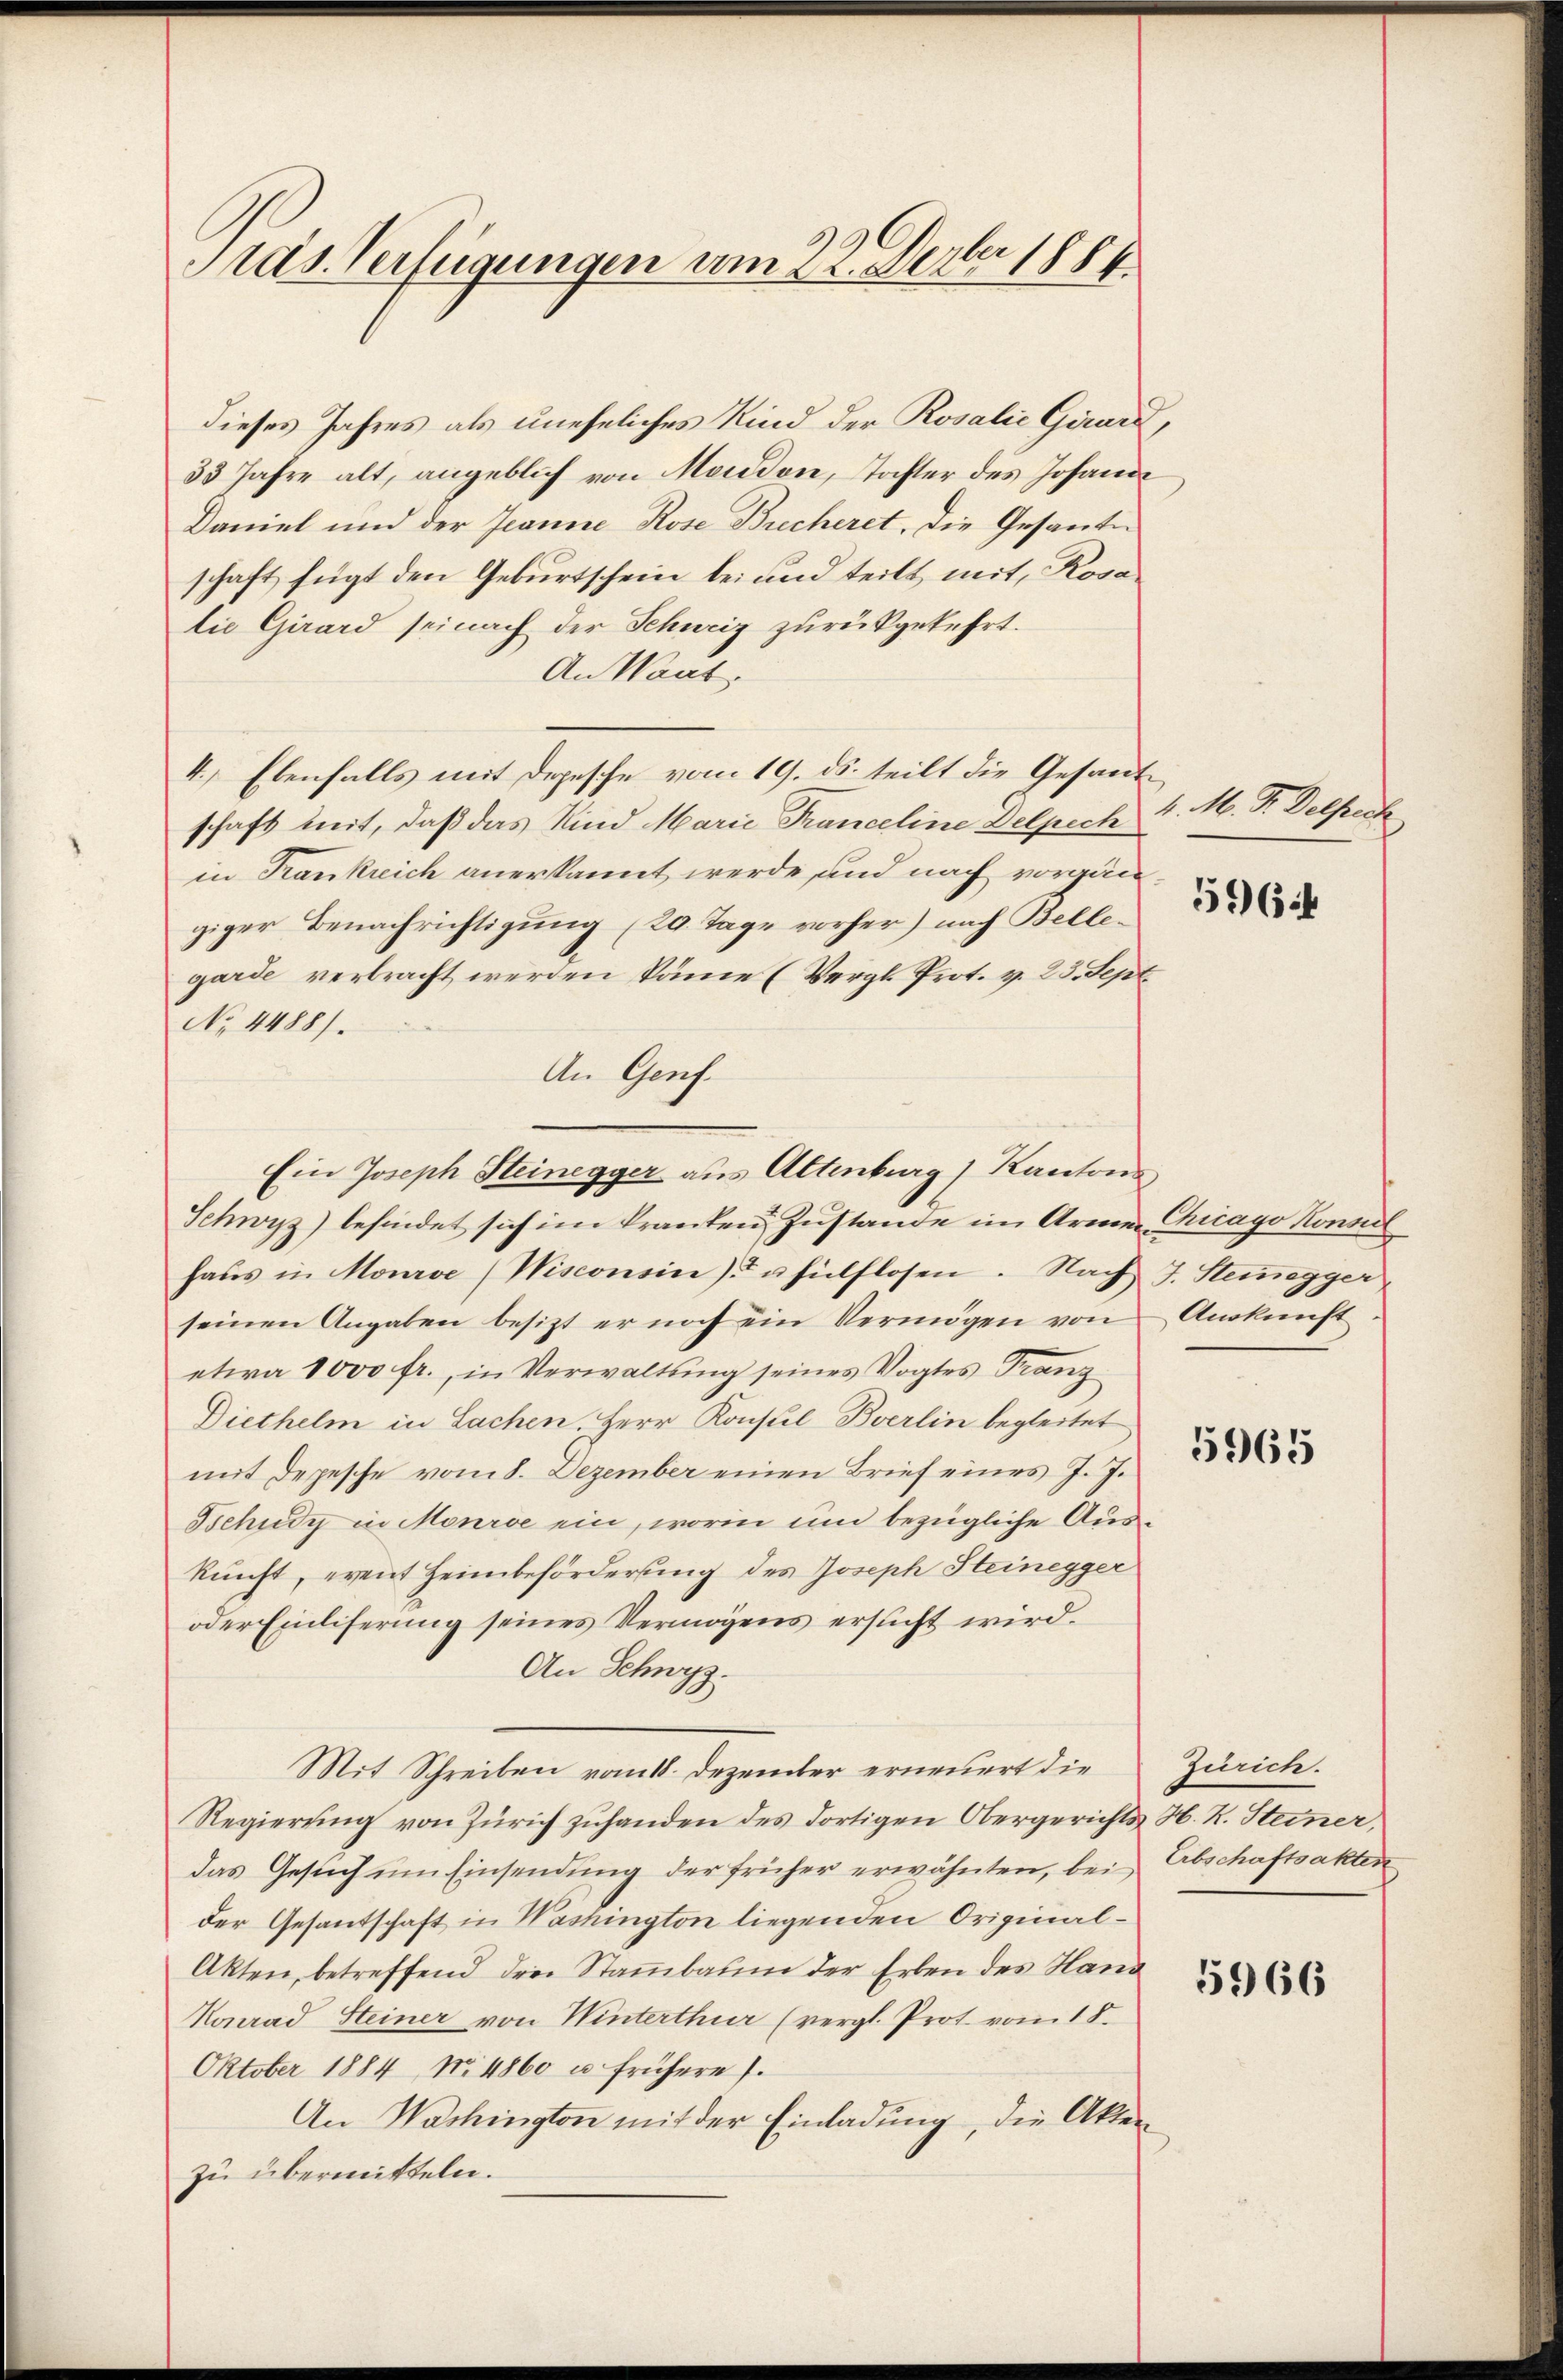
Präs. Verfügungen vom 22. Derber 1881

dieses Jahres als uneheliches Kind der Rosalie Girard,
33 Jahre alt, angeblich von Moudon, Tochter des Johann
Daniel und der Jeanne Rose Brecheret, die Gesante
schaft fügt den Geburtschein bei und teilt mit Rovalie Girard seinach der Schweiz zurückgekehrt.
An Want
4.) Ebenfalls mit Depesche vom 19. ds. teilt die Gesandschaft mit, daß das Kind Marie Franceline Delpech
in Frankreich anerkannt werde, und nach vorgängiger Benachrichtigung (20. Tage vorher) nach Bellegarde verbracht werden könne (Vergl. Prot. v. 23. Sept
No. 4488).
An Genf.
Schwyz) befindet sich im Kranken Zustande im Armen Chicago Konsil
haŭs in Mourve (Wisconsin) u. hülflosen. Nach J. Stenegger
seinen Angaben besitzt er noch ein Vermögen von Auskunft
etwa 1000 fr., in Verwaltung seines Vogtes Franz
Diethelm in Sachen. Herr Konsul-Bverlin begleitet
mit Depesche vom 8. Dezember einen Brief eines J. J.
Tschudy in Mourse ein, worin um bezügliche Auskunft, event Heimbeförderung des Joseph Steinegger
oder Einliferung seines Vermögens ersucht wird.
An Schwyz.
Mit Schreiben vom 18. Dezember erneuert die
Regierŭng von Zürich zuhanden des dortigen Obergerichts H. R. Steiner,
das Gesŭch ŭm Einsendŭng der früher erwähnten, bei Abschaftsakten
der Gesandtschaft in Washington liegenden Original¬
Akten, betreffend den Stammbaum der Erben des Hand
Konrad Steiner von Winterthur (vergl. Prot vom 18.
Oktober 1884 No 4860 u. frühere.
An Washington mit der Einladung, die Akten
zu übermitteln.

Ein Joseph Steinegger aus Altenburg) Kantons

4. M. D. Delfrech

5964

5965

Zürich.

5966